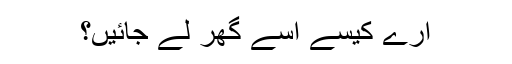
ارے کیسے اسے گھر لے جائیں؟